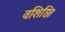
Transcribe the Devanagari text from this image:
वशिष्ठि।